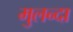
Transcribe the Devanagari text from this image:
मुलन्दा